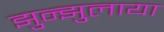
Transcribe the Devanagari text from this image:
झुन्झुलाया